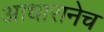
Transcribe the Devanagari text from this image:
आधारानेच